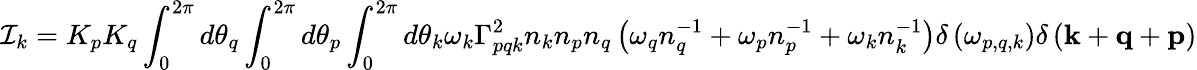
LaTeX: \mathcal{I}_{k}=K_{p}K_{q}\int_{0}^{2\pi}d\theta_{q}\int_{0}^{2\pi}d\theta_{p}\int_{0}^{2\pi}d\theta_{k}\omega_{k}\Gamma_{pqk}^{2}n_{k}n_{p}n_{q}\left(\omega_{q}n_{q}^{-1}+\omega_{p}n_{p}^{-1}+\omega_{k}n_{k}^{-1}\right)\delta\left(\omega_{p,q,k}\right)\delta\left(\mathbf{k}+\mathbf{q}+\mathbf{p}\right)